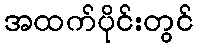
အထက်ပိုင်းတွင်